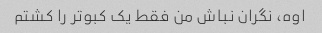
اوه، نگران نباش من فقط یک کبوتر را کشتم